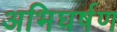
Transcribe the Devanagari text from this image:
अभिघर्षण